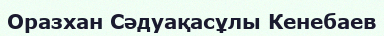
Оразхан Сәдуақасұлы Кенебаев